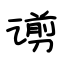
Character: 谫